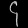
Digit: ၄